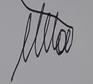
Signature authenticity: genuine